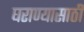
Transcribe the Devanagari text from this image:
घराण्यासाठी